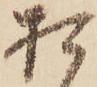
お